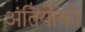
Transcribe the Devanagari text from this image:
अंतियोको